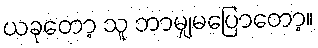
ယခုတော့ သူ ဘာမျှမပြောတော့။